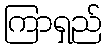
ကြာရှည်